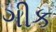
ગીક